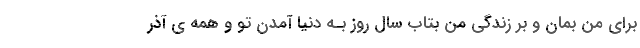
برای من بمان و بر زندگی من بتاب سال روز بـه دنیا آمدن تو و همه ی آذر